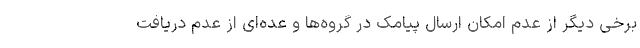
برخی دیگر از عدم امکان ارسال پیامک در گروه‌ها و عده‌ای از عدم دریافت